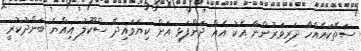
ސަތޭކައެއްހާ ދަރިވަރުންނާ އެކު އެއް ދަންފަޅި އަށް ކިޔަވައިދޭ ސްކޫލު އިއްޔެ ބަންދުކުރީ